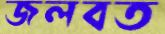
জলবত